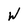
Character: W